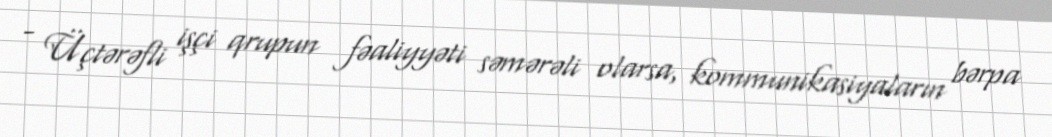
- Üçtərəfli işçi qrupun fəaliyyəti səmərəli olarsa, kommunikasiyaların bərpa